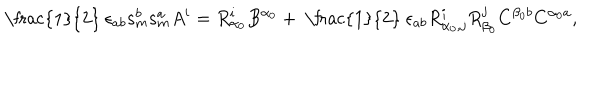
\mathrm { ~ \frac { 1 } { 2 } ~ } \epsilon _ { a b } \mathbf { s } _ { m } ^ { b } \mathbf { s } _ { m } ^ { a } A ^ { i } = R _ { \alpha _ { 0 } } ^ { i } B ^ { \alpha _ { 0 } } + \mathrm { ~ \frac { 1 } { 2 } ~ } \epsilon _ { a b } R _ { \alpha _ { 0 } , j } ^ { i } R _ { \beta _ { 0 } } ^ { j } C ^ { \beta _ { 0 } b } C ^ { \alpha _ { 0 } a } ,